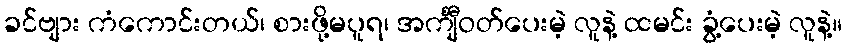
ခင်ဗျား ကံကောင်းတယ်၊ စားဖို့မပူရ၊ အင်္ကျီဝတ်ပေးမဲ့ လူနဲ့ ထမင်း ခွံ့ပေးမဲ့ လူနဲ့။